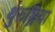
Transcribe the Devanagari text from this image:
थुरुञ्जिया